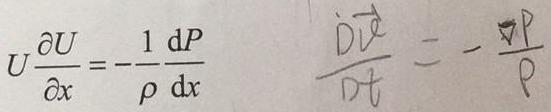
\[
U \frac{\partial U}{\partial x}=-\frac{1}{\rho} \frac{\mathrm{d} P}{\mathrm{~d} x} \quad \frac{\mathrm{D} \vec{v}}{\mathrm{D} t}=-\frac{\nabla P}{\rho}
\]